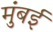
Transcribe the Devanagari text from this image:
मुंंबई